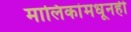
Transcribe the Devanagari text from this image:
मालिकांमधूनही